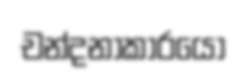
චන්දනාකාරයෝ